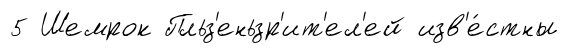
5 Шемрок Пльз'еньзр'ит'ел'ей изв'е́стны